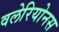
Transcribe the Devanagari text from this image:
वलेरियोनस